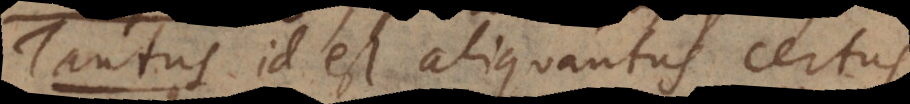
Tantus id est aliquantus certus,